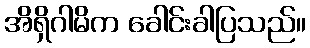
အိရှိဂါမိက ခေါင်းခါပြသည်။